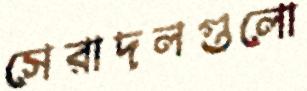
সেরাদলগুলো